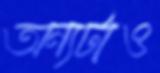
অন্যটাও